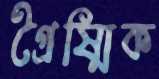
গ্রৈষ্মিক